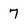
Character: 7